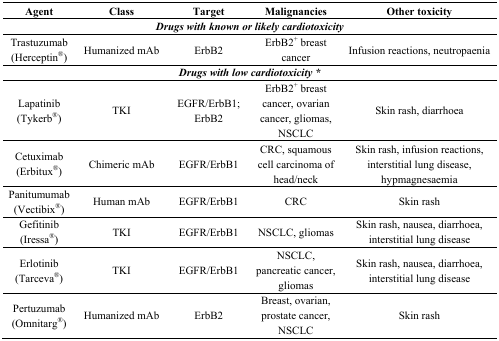
<table><thead><tr><td><b>Agent</b></td><td><b>Class</b></td><td><b>Target</b></td><td><b>Malignancies</b></td><td><b>Other toxicity</b></td></tr></thead><tbody><tr><td colspan="5"><b><i>Drugs with known or likely cardiotoxicity</i></b></td></tr><tr><td>Trastuzumab (Herceptin<sup>®</sup>)</td><td>Humanized mAb</td><td>ErbB2</td><td>ErbB2<sup>+</sup> breast cancer</td><td>Infusion reactions, neutropaenia</td></tr><tr><td colspan="5"><b><i>Drugs with low cardiotoxicity</i></b>*</td></tr><tr><td>Lapatinib (Tykerb<sup>®</sup>)</td><td>TKI</td><td>EGFR/ErbB1; ErbB2</td><td>ErbB2<sup>+</sup> breast cancer, ovarian cancer, gliomas, NSCLC</td><td>Skin rash, diarrhoea</td></tr><tr><td>Cetuximab (Erbitux<sup>®</sup>)</td><td>Chimeric mAb</td><td>EGFR/ErbB1</td><td>CRC, squamous cell carcinoma of head/neck</td><td>Skin rash, infusion reactions, interstitial lung disease, hypmagnesaemia</td></tr><tr><td>Panitumumab (Vectibix<sup>®</sup>)</td><td>Human mAb</td><td>EGFR/ErbB1</td><td>CRC</td><td>Skin rash</td></tr><tr><td>Gefitinib (Iressa<sup>®</sup>)</td><td>TKI</td><td>EGFR/ErbB1</td><td>NSCLC, gliomas</td><td>Skin rash, nausea, diarrhoea, interstitial lung disease</td></tr><tr><td>Erlotinib (Tarceva<sup>®</sup>)</td><td>TKI</td><td>EGFR/ErbB1</td><td>NSCLC, pancreatic cancer, gliomas</td><td>Skin rash, nausea, diarrhoea, interstitial lung disease</td></tr><tr><td>Pertuzumab (Omnitarg<sup>®</sup>)</td><td>Humanized mAb</td><td>ErbB2</td><td>Breast, ovarian, prostate cancer, NSCLC</td><td>Skin rash</td></tr></tbody></table>